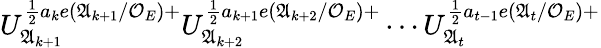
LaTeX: U_{\mathfrak{A}_{k+1}}^{\frac{1}{2}a_{k}e(\mathfrak{A}_{k+1}/\mathcal{O}_{E})+}U_{\mathfrak{A}_{k+2}}^{\frac{1}{2}a_{k+1}e(\mathfrak{A}_{k+2}/\mathcal{O}_{E})+}\cdots U_{\mathfrak{A}_{t}}^{\frac{1}{2}a_{t-1}e(\mathfrak{A}_{t}/\mathcal{O}_{E})+}